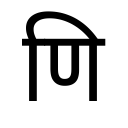
OCR:
णि